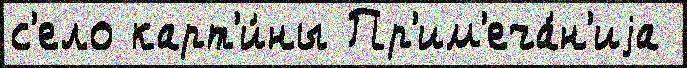
с'ело карт'и́ны Пр'им'еча́н'иjа